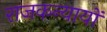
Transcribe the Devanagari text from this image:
राजकन्यायों